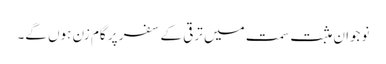
نوجوان مثبت سمت میں ترقی کے سفر پر گام زن ہوں گے۔